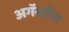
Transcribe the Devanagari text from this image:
अगॅस्टीन